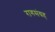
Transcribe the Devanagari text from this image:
रागसंग्रह